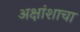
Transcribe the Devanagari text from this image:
अक्षांशाचा